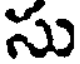
సు